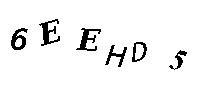
6EEHD5